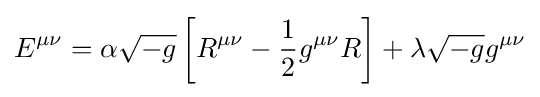
E^{\mu \nu }=\alpha {\sqrt {-g}}\left[R^{\mu \nu }-{\frac {1}{2}}g^{\mu \nu }R\right]+\lambda {\sqrt {-g}}g^{\mu \nu }